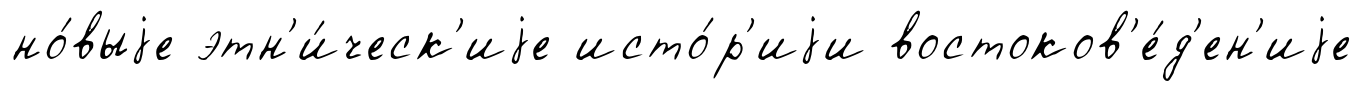
но́выjе этн'и́ческ'иjе исто́р'иjи востоков'е́д'ен'иjе